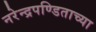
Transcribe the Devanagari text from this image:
नरेन्द्रपण्डिताच्या